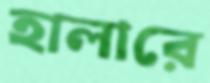
হালারে